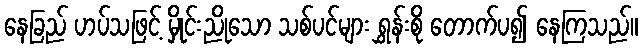
နေခြည် ဟပ်သဖြင့် မှိုင်းညိုသော သစ်ပင်များ ရွှန်းစို တောက်ပ၍ နေကြသည်။